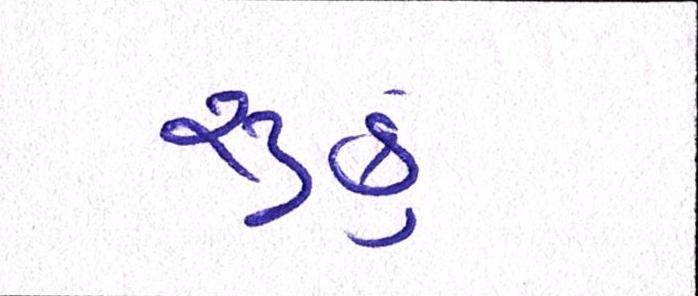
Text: સુકું